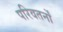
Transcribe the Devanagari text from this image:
परिवतर्नों